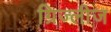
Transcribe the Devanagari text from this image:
ग्रिज्लीज